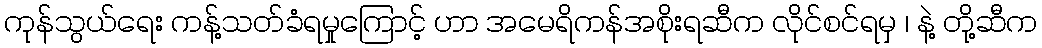
ကုန်သွယ်ရေး ကန့်သတ်ခံရမှုကြောင့် ဟာ အမေရိကန်အစိုးရဆီက လိုင်စင်ရမှ ၊ နဲ့ တို့ဆီက